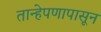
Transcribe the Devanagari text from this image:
तान्हेपणापासून